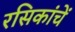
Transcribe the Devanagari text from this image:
रसिकांचें